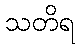
သတိရ